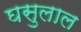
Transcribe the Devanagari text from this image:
घसुलाल